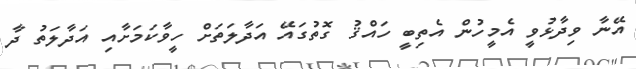
އޭނާ ވިދާޅުވީ އެމީހުން އެތިބީ ހައްޤު ގޮތުގައޭ އަދާލަތަށް ހީވާކަމަށާއި އަދާލަތު ދާ